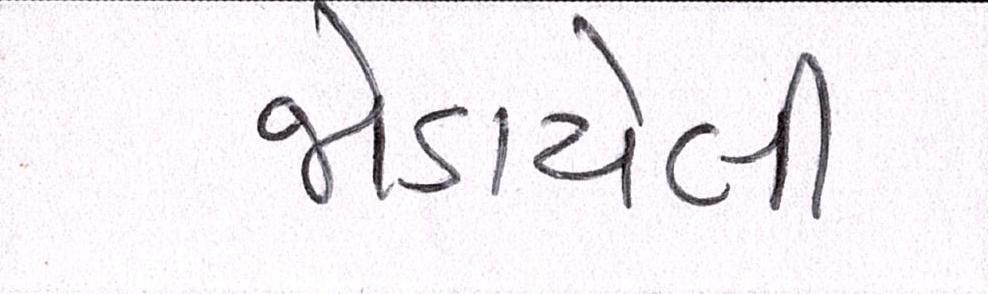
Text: જોડાયેલી